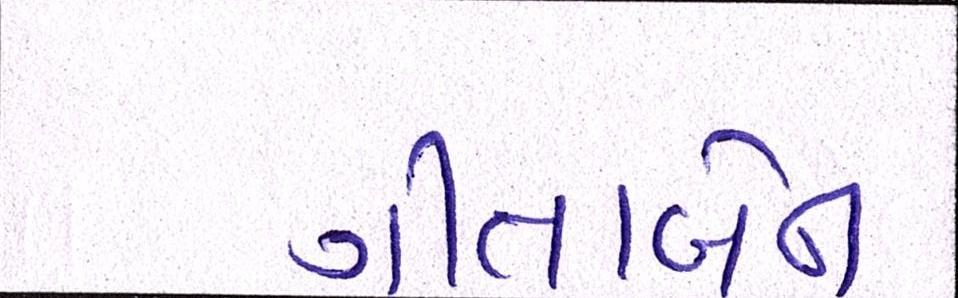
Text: ગીતાબેન